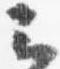
云